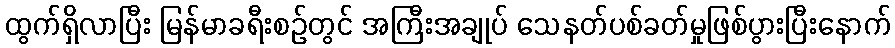
ထွက်ရှိလာပြီး မြန်မာခရီးစဉ်တွင် အကြီးအချုပ် သေနတ်ပစ်ခတ်မှုဖြစ်ပွားပြီးနောက်